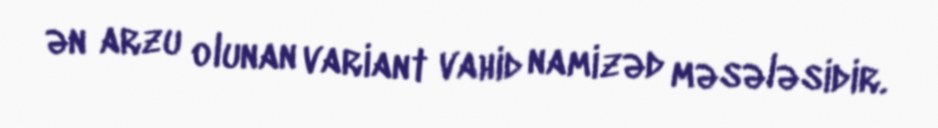
ən arzu olunan variant vahid namizəd məsələsidir.